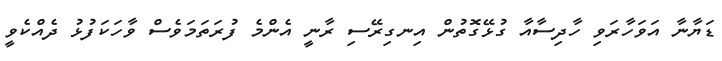
ޑަޔާނާ އަވަހާރަވި ހާދިސާއާ ގުޅޭގޮތުން އިނގިރޭސި ރާނީ އެންމެ ފުރަތަމަވެސް ވާހަކަފުޅު ދެއްކެވީ